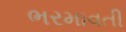
ભરમાવતી